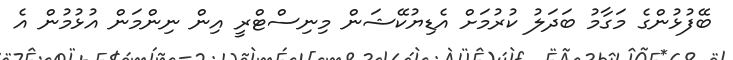
ބޭފުޅުންގެ މަގާމު ބަދަލު ކުރުމަށް އެޑިޔުކޭޝަން މިނިސްޓްރީ އިން ނިންމަން އުޅުމުން އެ